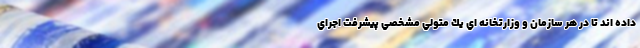
داده اند تا در هر سازمان و وزارتخانه اي يك متولي مشخصي پيشرفت اجراي